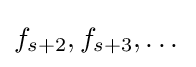
f_{s+2},f_{s+3},\dots